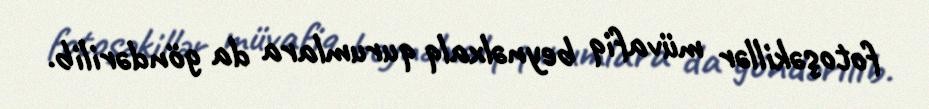
fotoşəkillər müvafiq beynəlxalq qurumlara da göndərilib.